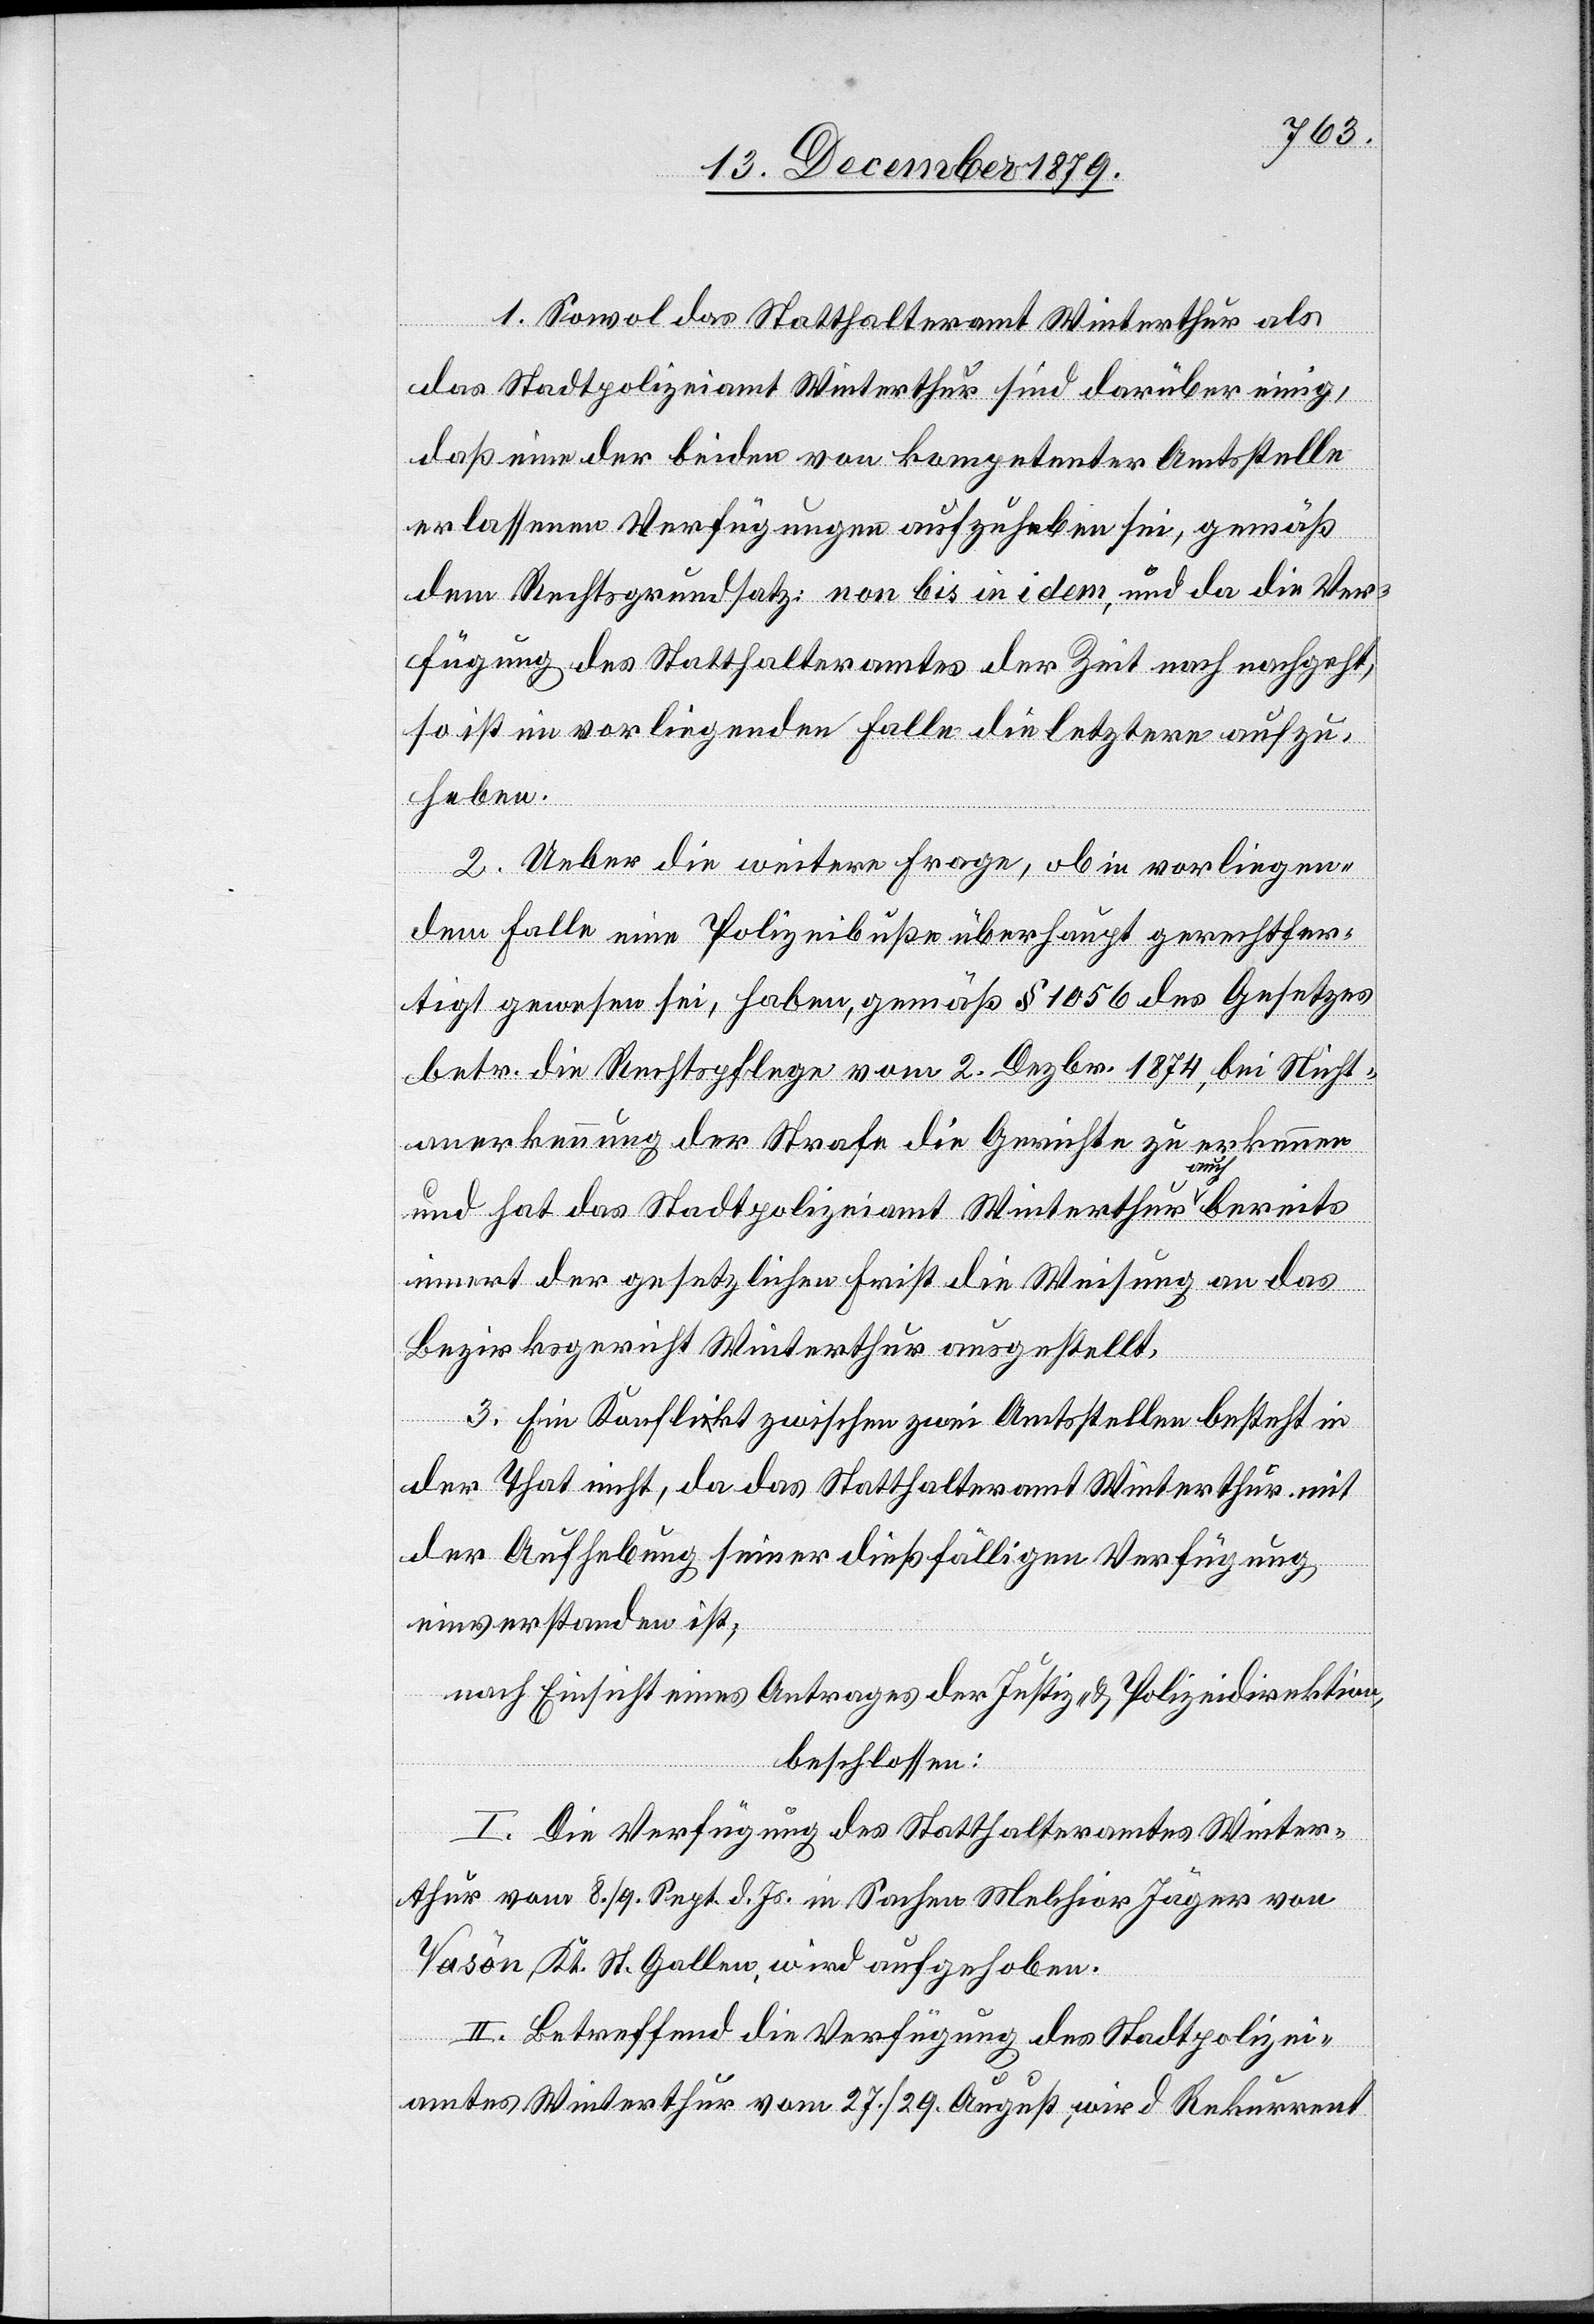
1. Sowol das Statthalteramt Winterthur als
das Stadtpolizeiamt Winterthur sind darüber einig,
daß eine der beiden von kompetenter Amtsstelle
erlassenen Verfügungen aufzuheben sei, gemäß
dem Rechtsgrundsatz; non bis in idem, und da die Ver¬
fügung des Statthalteramtes der Zeit nach nachgeht,
so ist im vorliegenden Falle die letztere aufzu¬
heben.
2. Ueber die weitere Frage, ob in vorliegen¬
dem Falle eine Polizeibuße überhaupt gerechtfer¬
tigt gewesen sei, haben, gemäß § 1056 des Gesetzes
betr. die Rechtspflege vom 2. Dezbr. 1874, bei Nicht¬
anerkennung der Strafe die Gerichte zu erkennen
und hat das Stadtpolizeiamt Winterthur auch bereits
innert der gesetzlichen Frist die Weisung an das
Bezirksgericht Winterthur ausgestellt.
3. Ein Konflikt zwischen zwei Amtsstellen besteht in
der That nicht, da das Statthalteramt Winterthur mit
der Aufhebung seiner dießfälligen Verfügung
einverstanden ist,
nach Einsicht eines Antrages der Justiz- & Polizeidirektion,
beschlossen:
I. Die Verfügung des Statthalteramtes Winter¬
thur vom 8./9. Septbr. d. Js. in Sachen Melchior Jäger von
Vasôn, Kt. St. Gallen, wird aufgehoben.
II. Betreffend die Verfügung des Stadtpolizei¬
amtes Winterthur vom 27./29. August, wird Rekurrent